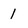
Character: 1